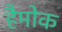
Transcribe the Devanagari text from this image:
हैमोक